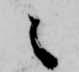
々